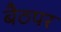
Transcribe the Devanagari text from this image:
बैठपर